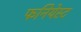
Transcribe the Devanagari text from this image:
फनियेस्ट